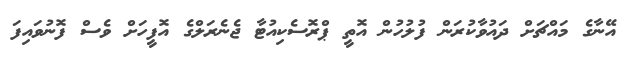
އޭނާގެ މައްޗަށް ދައުވާކުރަން ފުލުހުން އޮތީ ޕްރޮސެކިއުޓާ ޖެނެރަލްގެ އޮފީހަށް ވެސް ފޮނުވައިފަ